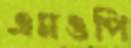
এমওপি